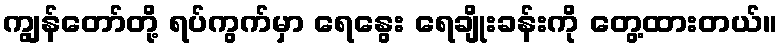
ကျွန်တော်တို့ ရပ်ကွက်မှာ ရေနွေး ရေချိုးခန်းကို တွေ့ထားတယ်။